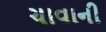
ચાવાની